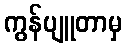
ကွန်ပျူတာမှ